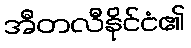
အီတလီနိုင်ငံ၏